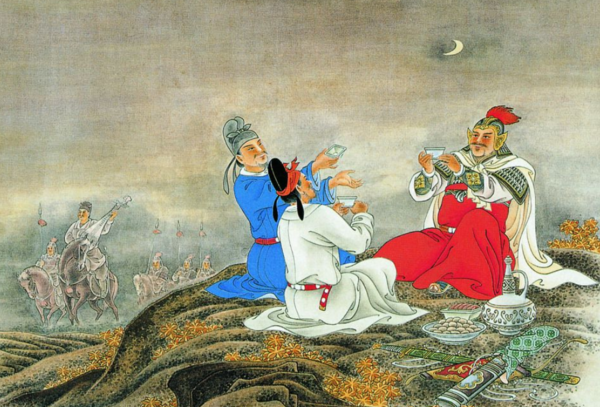
凤林关里水东流，白草黄榆六十秋。